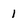
Character: 1